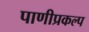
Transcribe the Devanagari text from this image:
पाणीप्रकल्प